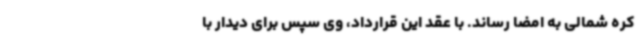
کره شمالی به امضا رساند. با عقد این قرارداد، وی سپس برای دیدار با